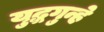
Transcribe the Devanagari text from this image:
युद्धगुन्हे